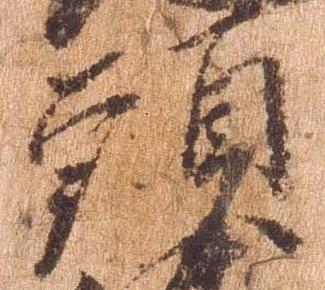
頭